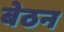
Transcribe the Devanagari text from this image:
बेठन